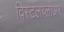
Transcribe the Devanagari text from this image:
विस्टलब्लोअर